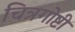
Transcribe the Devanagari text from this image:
चित्रगोष्टी